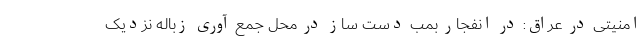
امنیتی در عراق: در انفجار بمب دست ساز در محل جمع آوری زباله نزدیک